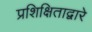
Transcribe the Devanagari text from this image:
प्रशिक्षिताद्वारे